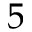
5